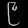
Digit: ၉